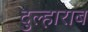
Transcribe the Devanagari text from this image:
दुल्हाराब